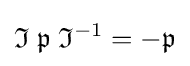
{\mathfrak {I}}\;{\mathfrak {p}}\;{\mathfrak {I}}^{-1}=-{\mathfrak {p}}